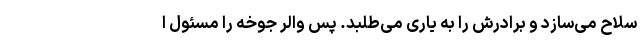
سلاح می‌سازد و برادرش را به یاری می‌طلبد. پس والر جوخه را مسئول ا